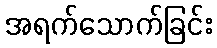
အရက်သောက်ခြင်း